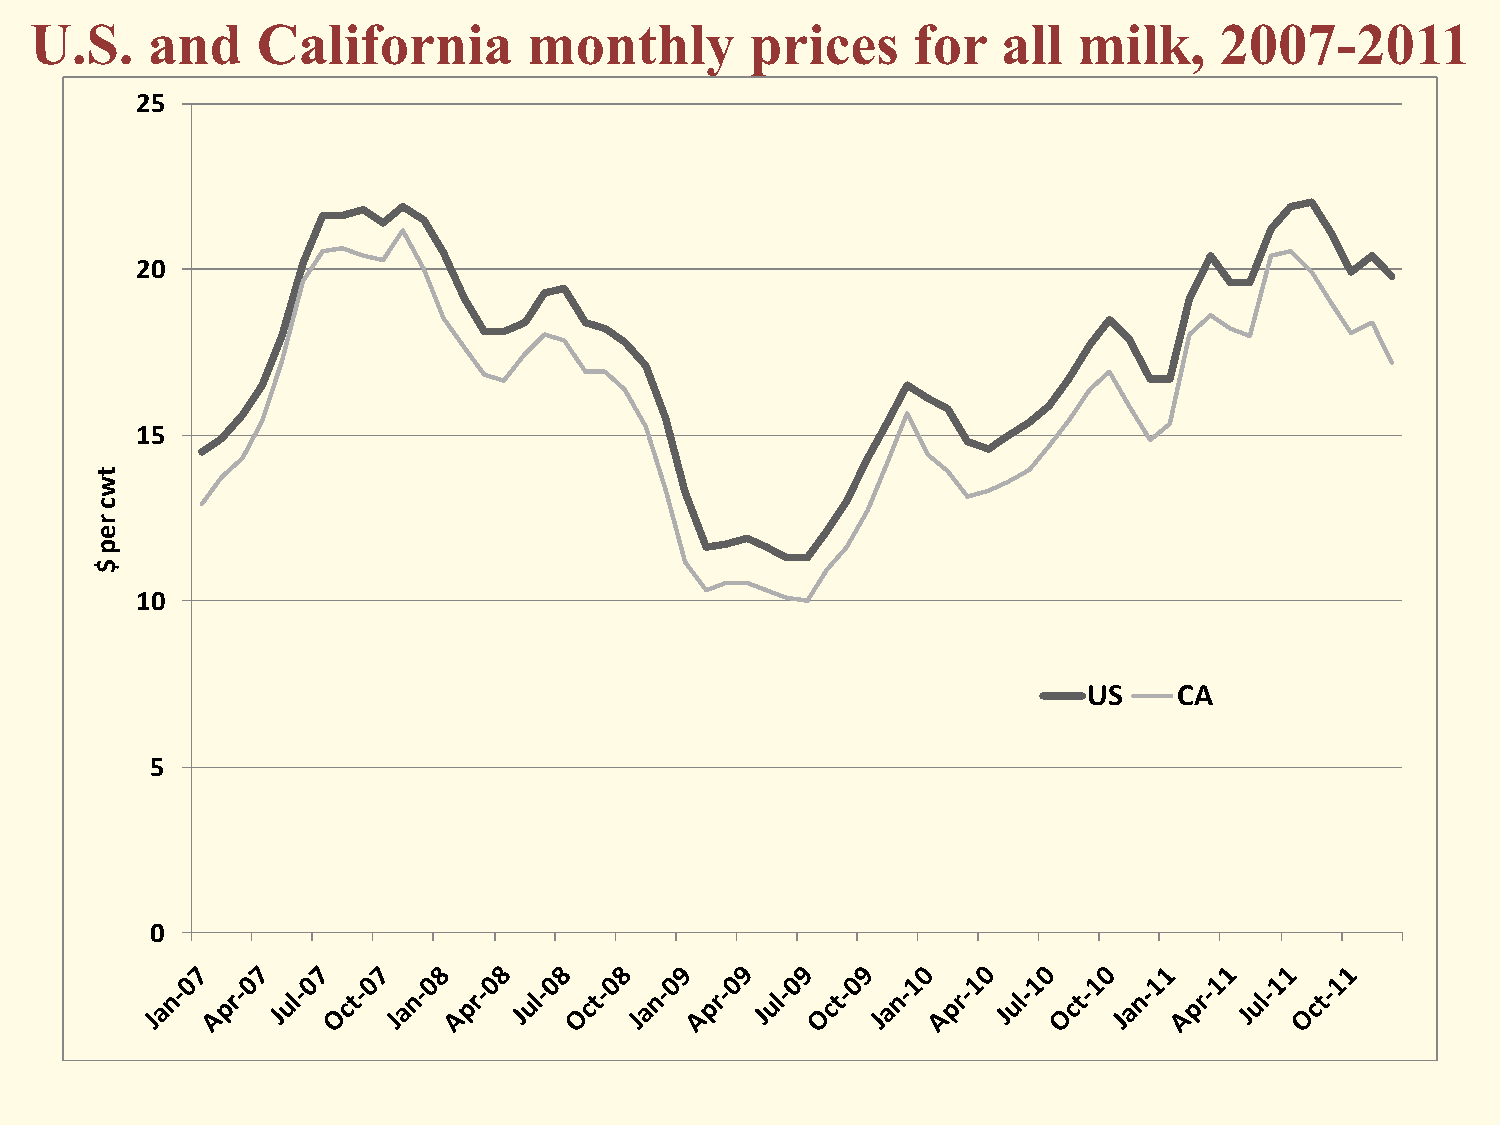
U.S.    and    California        monthly        prices    for   all  milk,     2007-2011
 25
 20
 15
 t
 w
 c
 r
 e
 p
 $
 10
 US    CA
 5
 0